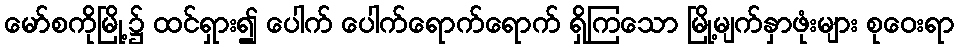
မော်စကိုမြို့၌ ထင်ရှား၍ ပေါက် ပေါက်ရောက်ရောက် ရှိကြသော မြို့မျက်နှာဖုံးများ စုဝေးရာ